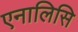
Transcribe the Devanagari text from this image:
एनालिसि